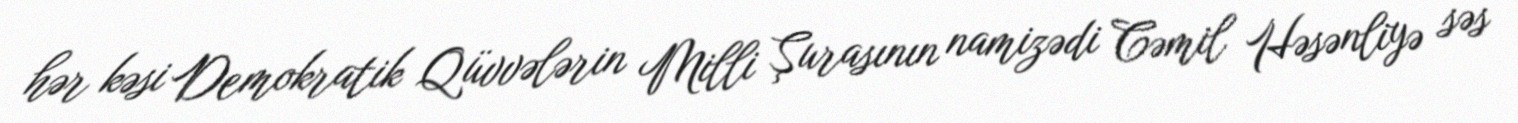
hər kəsi Demokratik Qüvvələrin Milli Şurasının namizədi Cəmil Həsənliyə səs